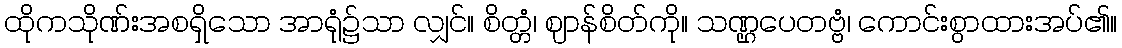
ထိုကသိုဏ်းအစရှိသော အာရုံ၌သာ လျှင်။ စိတ္တံ၊ ဈာန်စိတ်ကို။ သဏ္ဌပေတဗ္ဗံ၊ ကောင်းစွာထားအပ်၏။